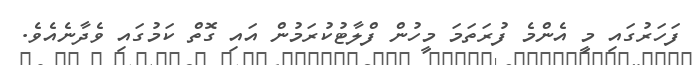
ފަހަރުގައި މީ އެންމެ ފުރަތަމަ މީހުން ފްލާޓުކުރަމުން އައި ގޮތް ކަމުގައި ވެދާނެއެވެ.